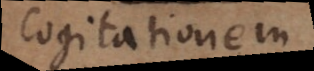
cogitationem,